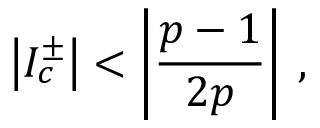
\left| I _ { c } ^ { \pm } \right| < \left| \displaystyle \frac { p - 1 } { 2 p } \right| \: ,